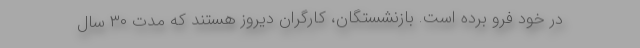
در خود فرو برده است. بازنشستگان، کارگران دیروز هستند که مدت ۳۰ سال